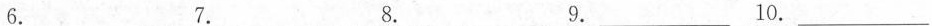
6.___ 7.___ 8.___ 9.___ 10.___